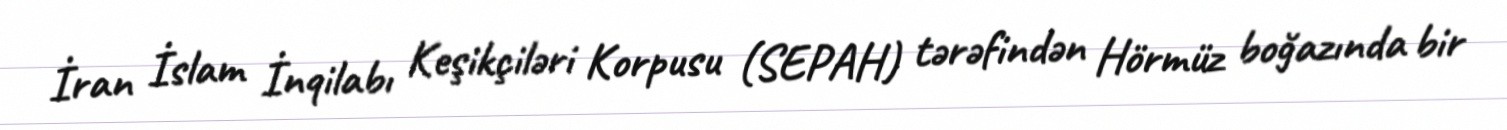
İran İslam İnqilabı Keşikçiləri Korpusu (SEPAH) tərəfindən Hörmüz boğazında bir